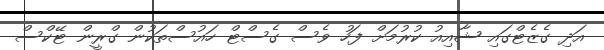
އަދި ގެޒެޓްގައި ޝާއިއު ކުރުމަށް ފަހު ވެސް ގެސްޓް ހައުސްތަކުން ގްރީން ޓޭކްސް